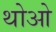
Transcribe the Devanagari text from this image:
थोआे